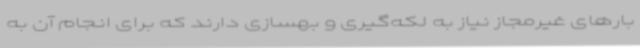
بارهای غیرمجاز نیاز به لکه‌گیری و بهسازی دارند که برای انجام آن به